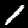
Label: 1